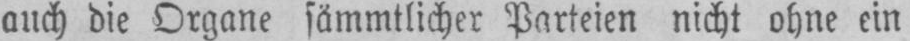
auch die Organe sämmtlicher Parteien nicht ohne ein